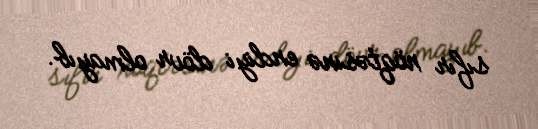
sıfır nöqtəsinə endiyi dövr olmayıb.